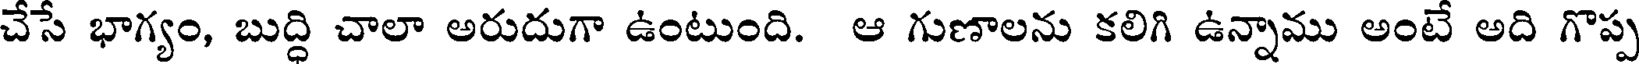
చేసే భాగ్యం, బుద్ధి చాలా అరుదుగా ఉంటుంది. ఆ గుణాలను కలిగి ఉన్నాము అంటే అది గొప్ప